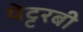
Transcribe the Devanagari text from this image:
येट्टरबी